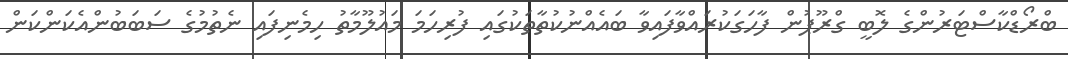
ބްރޯޑްކާސްޓަރުންގެ ލޮބީ ގްރޫޕުން ފާހަގަކުރައްވާފައިވާ ބައެއްނުކުތާތަކުގައި ފުރިހަމަ މައުލޫމާތު ހިމެނިފައި ނެތުމުގެ ސަބަބުންއެކަންކަން